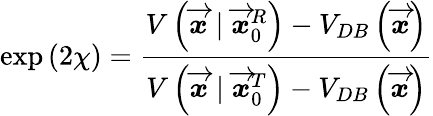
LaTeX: \exp\left(2\chi\right)=\frac{V\left(\overrightarrow{\mathbfit{x}}\mid\overrightarrow{\mathbfit{x}}_{0}^{R}\right)-V_{DB}\left(\overrightarrow{\mathbfit{x}}\right)}{V\left(\overrightarrow{\mathbfit{x}}\mid\overrightarrow{\mathbfit{x}}_{0}^{T}\right)-V_{DB}\left(\overrightarrow{\mathbfit{x}}\right)}